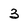
Character: 3